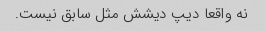
نه واقعا دیپ دیشش مثل سابق نیست.